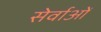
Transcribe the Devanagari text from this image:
सेर्वाओं